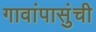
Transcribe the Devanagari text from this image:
गावांपासुंची